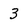
Character: 3